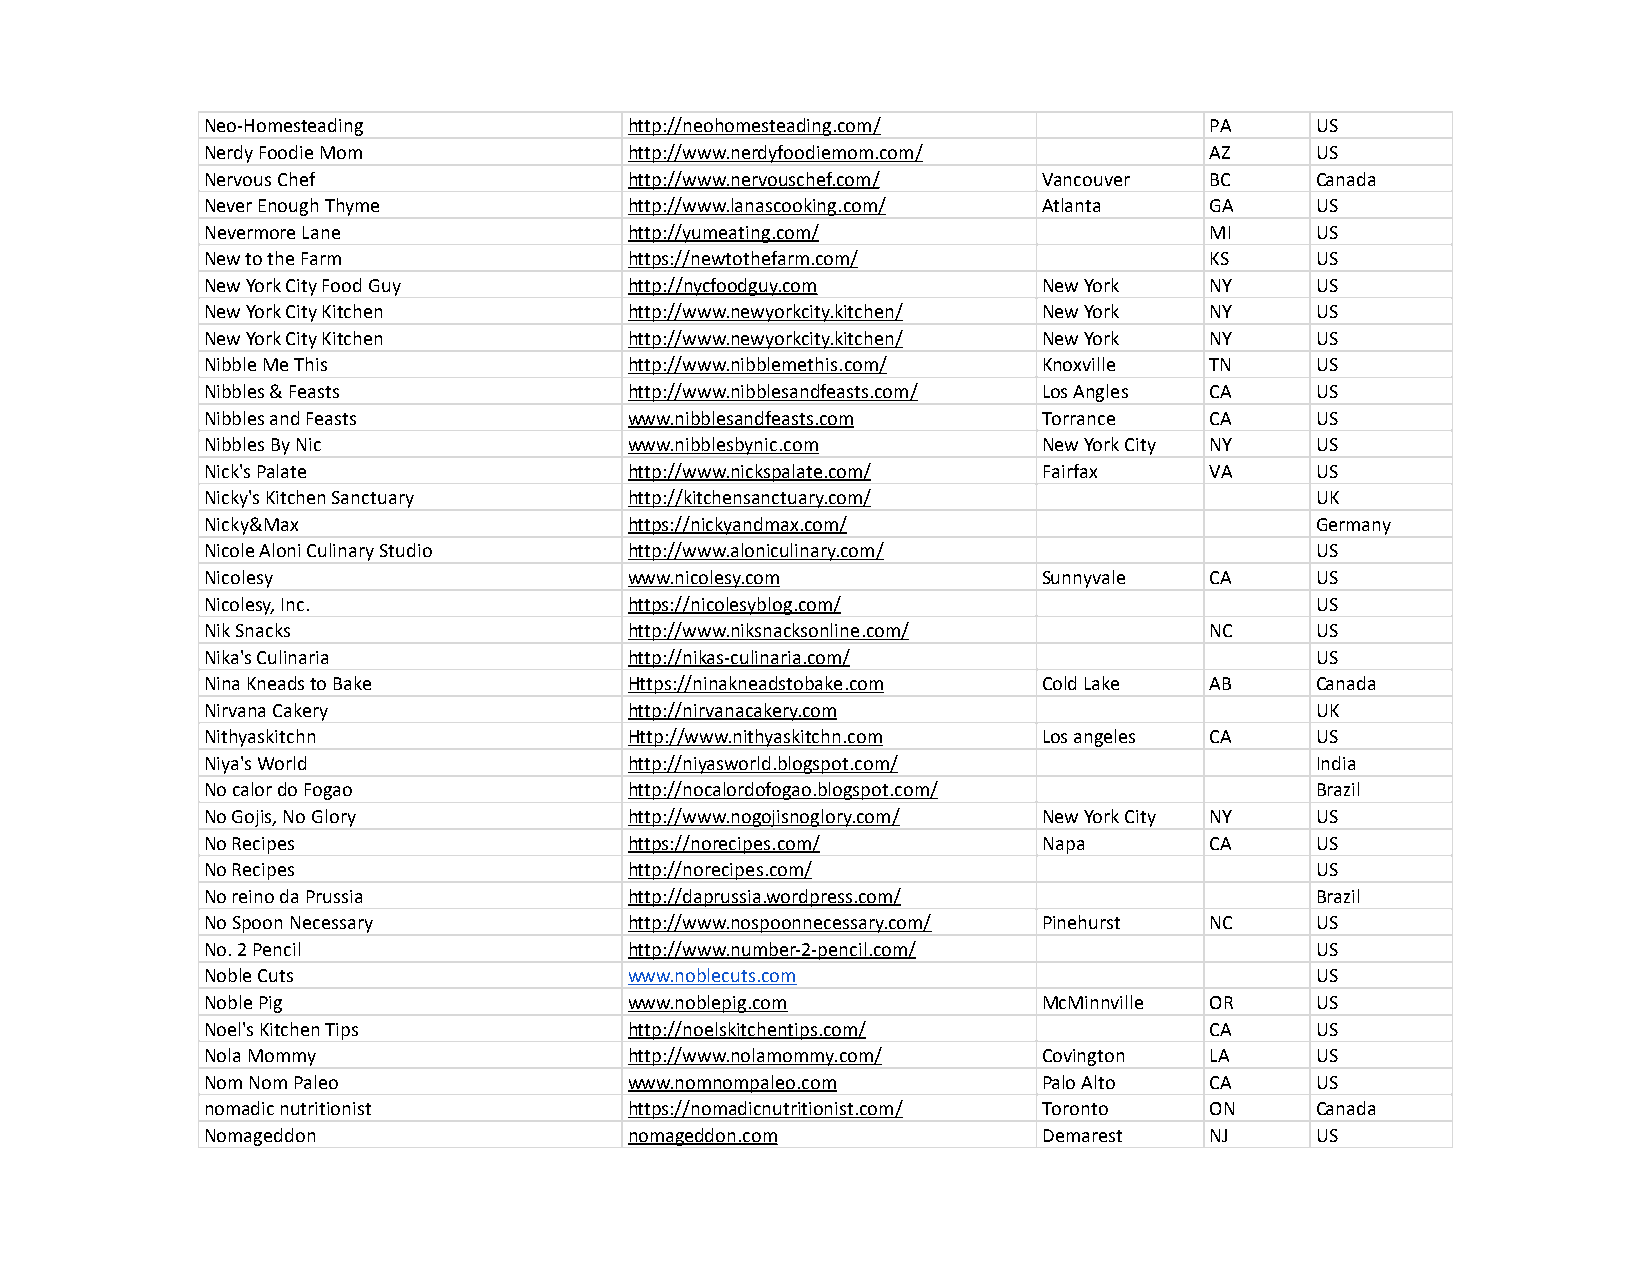
Neo-Homesteading            http://neohomesteading.com/           PA     US
 Nerdy Foodie Mom            http://www.nerdyfoodiemom.com/        AZ     US
 Nervous Chef                http://www.nervouschef.com/ Vancouver BC     Canada
 Never Enough Thyme          http://www.lanascooking.com/ Atlanta  GA     US
 Nevermore Lane              http://yumeating.com/                 MI     US
 New to the Farm             https://newtothefarm.com/             KS     US
 New York City Food Guy      http://nycfoodguy.com      New York   NY     US
 New York City Kitchen       http://www.newyorkcity.kitchen/ New York NY  US
 New York City Kitchen       http://www.newyorkcity.kitchen/ New York NY  US
 Nibble Me This              http://www.nibblemethis.com/ Knoxville TN    US
 Nibbles & Feasts            http://www.nibblesandfeasts.com/ Los Angles CA US
 Nibbles and Feasts          www.nibblesandfeasts.com   Torrance   CA     US
 Nibbles By Nic              www.nibblesbynic.com       New York City NY  US
 Nick's Palate               http://www.nickspalate.com/ Fairfax   VA     US
 Nicky's Kitchen Sanctuary   http://kitchensanctuary.com/                 UK
 Nicky&Max                   https://nickyandmax.com/                     Germany
 Nicole Aloni Culinary Studio http://www.aloniculinary.com/               US
 Nicolesy                    www.nicolesy.com           Sunnyvale  CA     US
 Nicolesy, Inc.              https://nicolesyblog.com/                    US
 Nik Snacks                  http://www.niksnacksonline.com/       NC     US
 Nika's Culinaria            http://nikas-culinaria.com/                  US
 Nina Kneads to Bake         Https://ninakneadstobake.com Cold Lake AB    Canada
 Nirvana Cakery              http://nirvanacakery.com                     UK
 Nithyaskitchn               Http://www.nithyaskitchn.com Los angeles CA  US
 Niya's World                http://niyasworld.blogspot.com/              India
 No calor do Fogao           http://nocalordofogao.blogspot.com/          Brazil
 No Gojis, No Glory          http://www.nogojisnoglory.com/ New York City NY US
 No Recipes                  https://norecipes.com/     Napa       CA     US
 No Recipes                  http://norecipes.com/                        US
 No reino da Prussia         http://daprussia.wordpress.com/              Brazil
 No Spoon Necessary          http://www.nospoonnecessary.com/ Pinehurst NC US
 No. 2 Pencil                http://www.number-2-pencil.com/              US
 Noble Cuts                  www.noblecuts.com                            US
 Noble Pig                   www.noblepig.com           McMinnville OR    US
 Noel's Kitchen Tips         http://noelskitchentips.com/          CA     US
 Nola Mommy                  http://www.nolamommy.com/  Covington  LA     US
 Nom Nom Paleo               www.nomnompaleo.com        Palo Alto  CA     US
 nomadic nutritionist        https://nomadicnutritionist.com/ Toronto ON  Canada
 Nomageddon                  nomageddon.com             Demarest   NJ     US